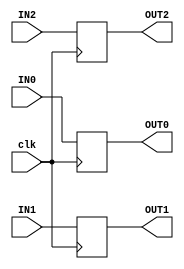
// This program was cloned from: https://github.com/tangxifan/micro_benchmark
// License: MIT License


module routing_test(IN0,IN1,IN2, clk, OUT0,OUT1,OUT2);

input wire IN0,IN1,IN2,clk;

output reg OUT0, OUT1, OUT2;

always @(posedge clk)
	begin

		OUT0  <=  IN0;
		OUT1  <=  IN1;
		OUT2  <=  IN2;

	end



endmodule